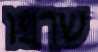
שרפו